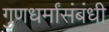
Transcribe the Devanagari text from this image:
गुणधर्मांसंबंधी